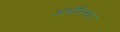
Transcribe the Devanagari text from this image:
अर्बोरियल